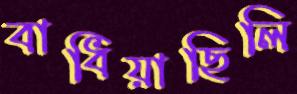
বাধিয়াছিলি